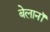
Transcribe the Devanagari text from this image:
बेलानॉ